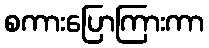
စကားပြောကြားကာ